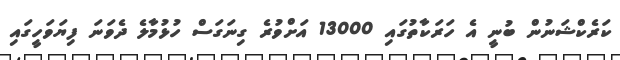
ކަރެކްޝަނުން ބުނީ އެ ހަރަކާތުގައި 13000 އަށްވުރެ ގިނަގަސް ހުޅުމާލެ ދެވަނަ ފިޔަވަހީގައި